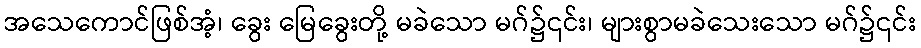
အသေကောင်ဖြစ်အံ့၊ ခွေး မြေခွေးတို့ မခဲသော မဂ်၌၎င်း၊ များစွာမခဲသေးသော မဂ်၌၎င်း